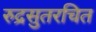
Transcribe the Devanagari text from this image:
रुद्रसुतरचित